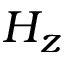
H _ { z }